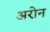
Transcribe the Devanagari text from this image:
अरोन